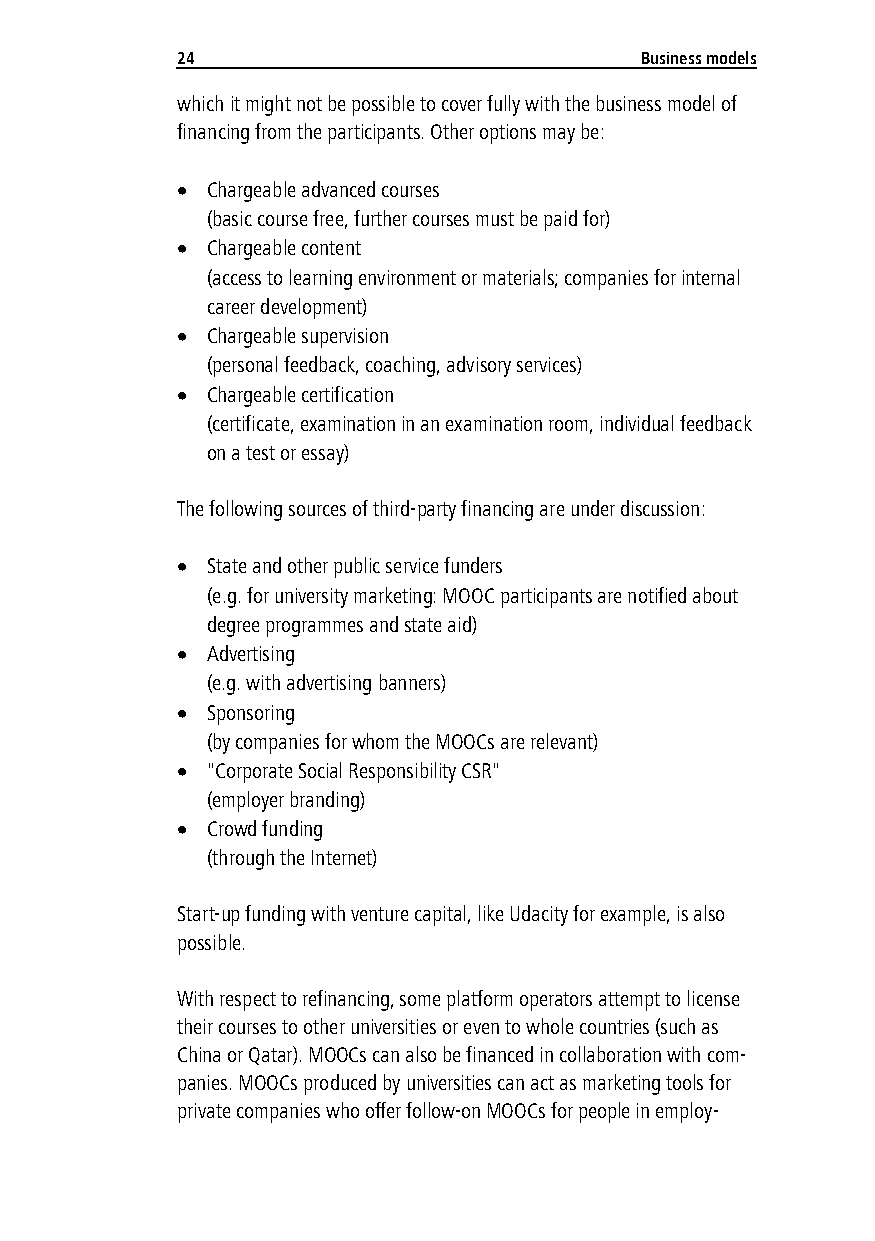
24                            Business models
 which it might not be possible to cover fully with the business model of
 financing from the participants. Other options may be:
  Chargeable advanced courses
 (basic course free, further courses must be paid for)
  Chargeable content
 (access to learning environment or materials; companies for internal
 career development)
  Chargeable supervision
 (personal feedback, coaching, advisory services)
  Chargeable certification
 (certificate, examination in an examination room, individual feedback
 on a test or essay)
 The following sources of third-party financing are under discussion:
  State and other public service funders
 (e.g. for university marketing: MOOC participants are notified about
 degree programmes and state aid)
  Advertising
 (e.g. with advertising banners)
  Sponsoring
 (by companies for whom the MOOCs are relevant)
  "Corporate Social Responsibility CSR"
 (employer branding)
  Crowd funding
 (through the Internet)
 Start-up funding with venture capital, like Udacity for example, is also
 possible.
 With respect to refinancing, some platform operators attempt to license
 their courses to other universities or even to whole countries (such as
 China or Qatar). MOOCs can also be financed in collaboration with com-
 panies. MOOCs produced by universities can act as marketing tools for
 private companies who offer follow-on MOOCs for people in employ-